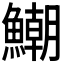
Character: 𩻹